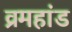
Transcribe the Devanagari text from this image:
व्रमहांड